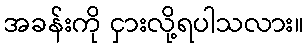
အခန်းကို ငှားလို့ရပါသလား။